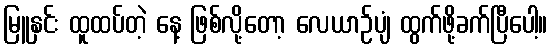
မြူနှင်း ထူထပ်တဲ့ နေ့ ဖြစ်လို့တော့ လေယာဉ်ပျံ ထွက်ဖို့ခက်ပြီပေါ့။